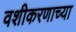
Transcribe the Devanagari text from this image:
वशीकरणाच्या